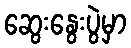
ဆွေးနွေးပွဲမှာ